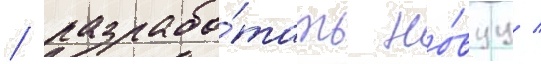
/ разрабо́тать но́вуу /